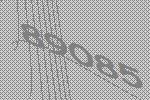
89085